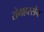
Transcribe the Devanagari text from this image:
रोमहरसेन